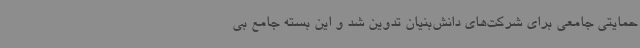
حمایتی جامعی برای شرکت‌های دانش‌بنیان تدوین شد و این بسته جامع بی